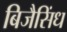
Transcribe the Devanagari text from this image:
बिजैसिंध